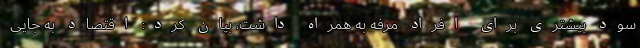
سود بیشتری برای افراد مرفه به همراه داشت، بیان کرد: اقتصاد به جایی